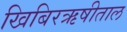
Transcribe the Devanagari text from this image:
खिबिरऋषीताल